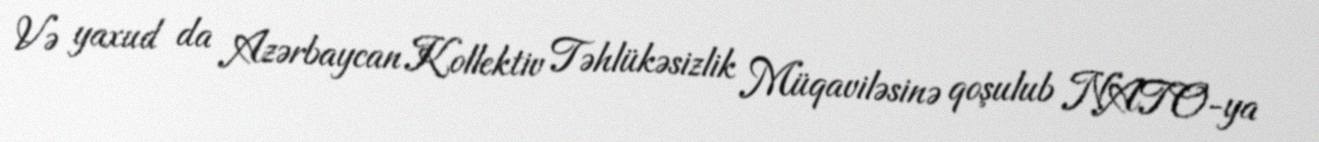
Və yaxud da Azərbaycan Kollektiv Təhlükəsizlik Müqaviləsinə qoşulub NATO-ya